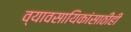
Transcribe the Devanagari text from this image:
व्यावसायिकांसाठीही